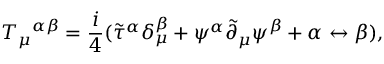
T _ { \mu } { } ^ { \alpha \beta } = \frac { i } { 4 } ( { { \tilde { \tau } } ^ { \alpha } } \delta _ { \mu } ^ { \beta } + \psi ^ { \alpha } { \tilde { \partial } } _ { \mu } \psi ^ { \beta } + \alpha \leftrightarrow \beta ) ,